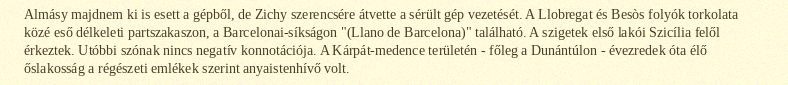
Almásy majdnem ki is esett a gépből, de Zichy szerencsére átvette a sérült gép vezetését. A Llobregat és Besòs folyók torkolata közé eső délkeleti partszakaszon, a Barcelonai-síkságon "(Llano de Barcelona)" található. A szigetek első lakói Szicília felől érkeztek. Utóbbi szónak nincs negatív konnotációja. A Kárpát-medence területén - főleg a Dunántúlon - évezredek óta élő őslakosság a régészeti emlékek szerint anyaistenhívő volt.